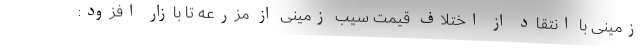
زمینی با انتقاد از اختلاف قیمت سیب زمینی از مزرعه تا بازار افزود: